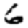
Digit: 6